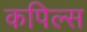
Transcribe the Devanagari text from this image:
कपिल्स